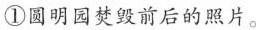
①圆明园焚毁前后的照片。